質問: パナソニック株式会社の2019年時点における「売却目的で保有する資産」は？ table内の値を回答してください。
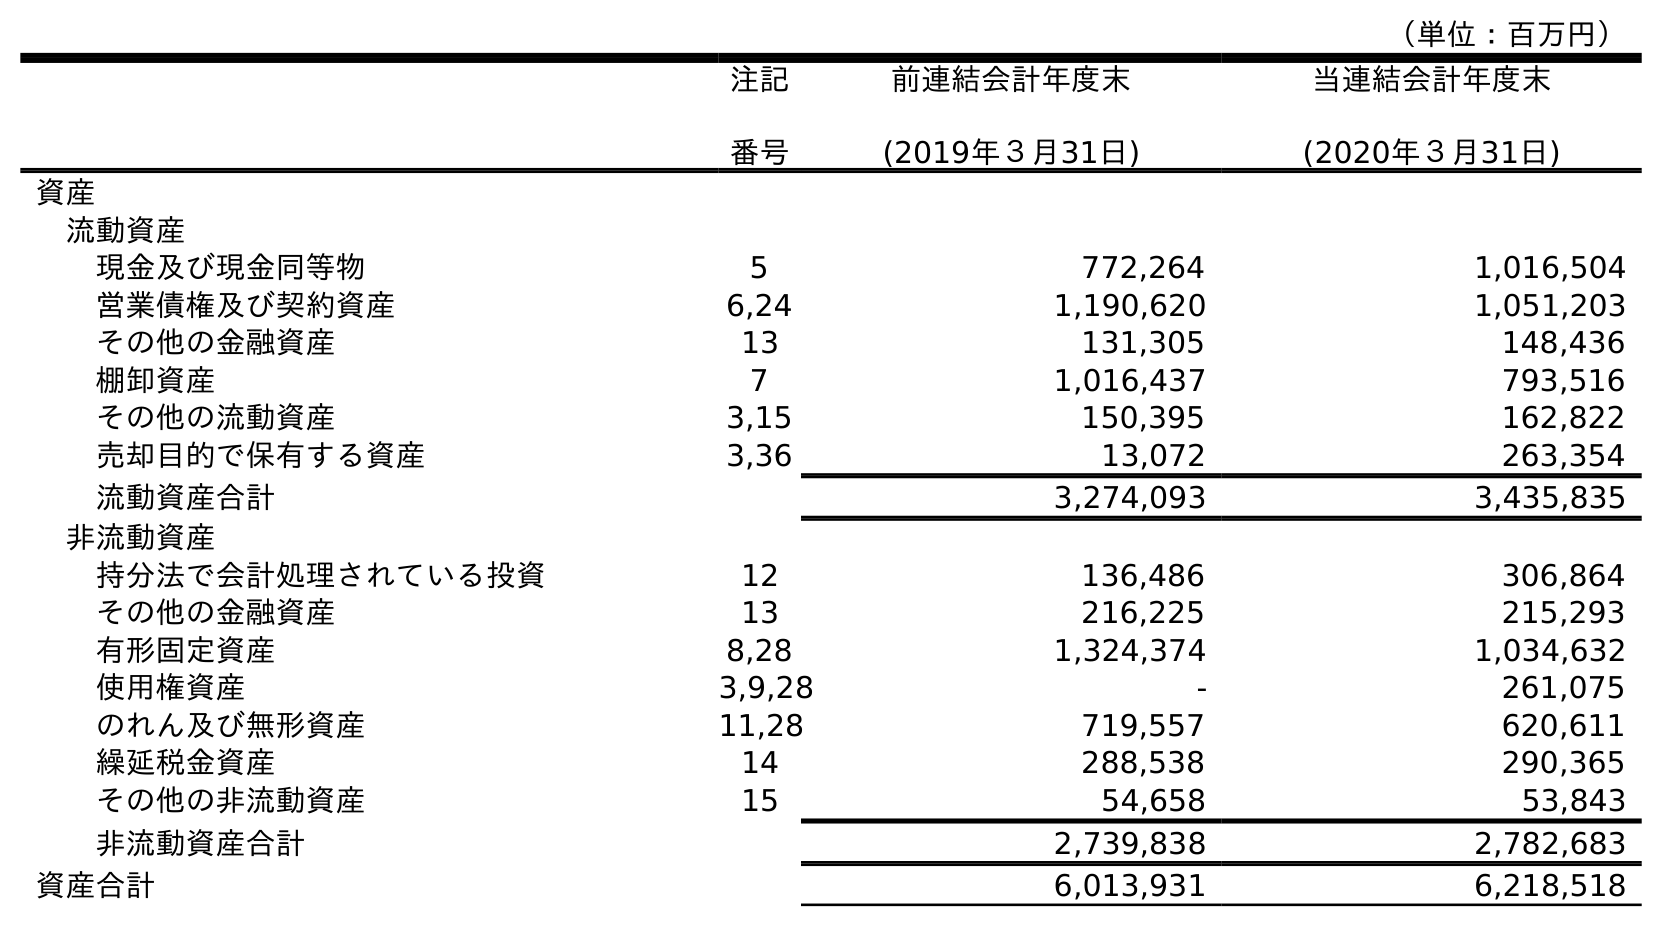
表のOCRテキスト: （単位：百万円） 注記 番号 前連結会計年度末 (2019年３月31日) 当連結会計年度末 (2020年３月31日) 資産 流動資産 現金及び現金同等物 5 772,264 1,016,504 営業債権及び契約資産 6,24 1,190,620 1,051,203 その他の金融資産 13 131,305 148,436 棚卸資産 7 1,016,437 793,516 その他の流動資産 3,15 150,395 162,822 売却目的で保有する資産 3,36 13,072 263,354 流動資産合計 3,274,093 3,435,835 非流動資産 持分法で会計処理されている投資 12 136,486 306,864 その他の金融資産 13 216,225 215,293 有形固定資産 8,28 1,324,374 1,034,632 使用権資産 3,9,28 - 261,075 のれん及び無形資産 11,28 719,557 620,611 繰延税金資産 14 288,538 290,365 その他の非流動資産 15 54,658 53,843 非流動資産合計 2,739,838 2,782,683 資産合計 6,013,931 6,218,518
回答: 13,072